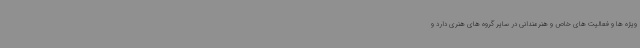
ویژه ها و فعالیت های خاص و هنرمندانی در سایر گروه های هنری دارد و